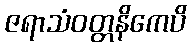
ဇရာသံဝတ္တနိကေပိ